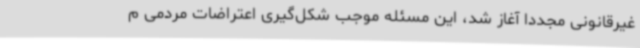
غیرقانونی مجددا آغاز شد، این مسئله موجب شکل‌گیری اعتراضات مردمی م